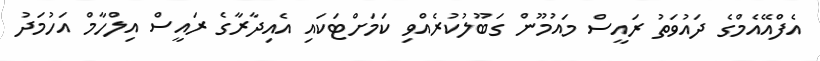
އެފްއޭއެމްގެ ދައުވަތު ރައީސް މައުމޫން ގަބޫލުކުރެއްވި ކަމަށްޓަކައި އެއިދާރާގެ ރައީސް އިލްހާމް އަހުމަދު